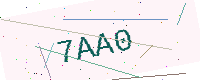
Text: 7AA0